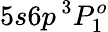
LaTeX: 5s6p\, ^{3}P_{1}^{o}